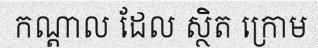
កណ្តាល ដែល ស្ថិត ក្រោម